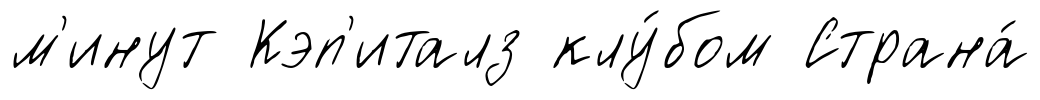
м'инут Кэп'италз клу́бом Страна́